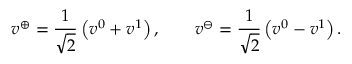
v ^ { \oplus } = \frac { 1 } { \sqrt { 2 } } \left( v ^ { 0 } + v ^ { 1 } \right) , \qquad v ^ { \ominus } = \frac { 1 } { \sqrt { 2 } } \left( v ^ { 0 } - v ^ { 1 } \right) .